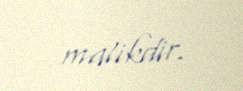
malikdir.